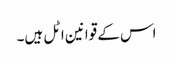
اس کے قوانین اٹل ہیں۔